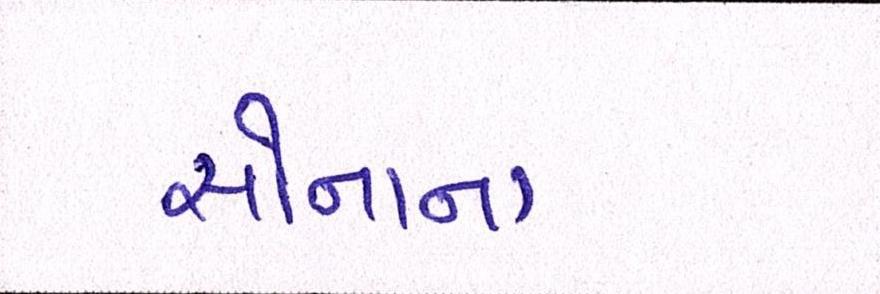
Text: સોનાના